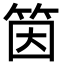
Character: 筃